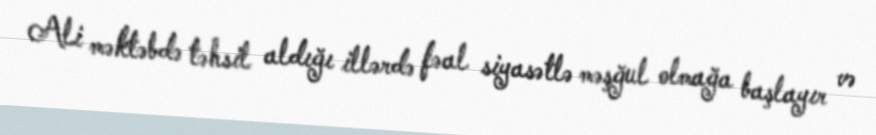
Ali məktəbdə təhsil aldığı illərdə fəal siyasətlə məşğul olmağa başlayır və